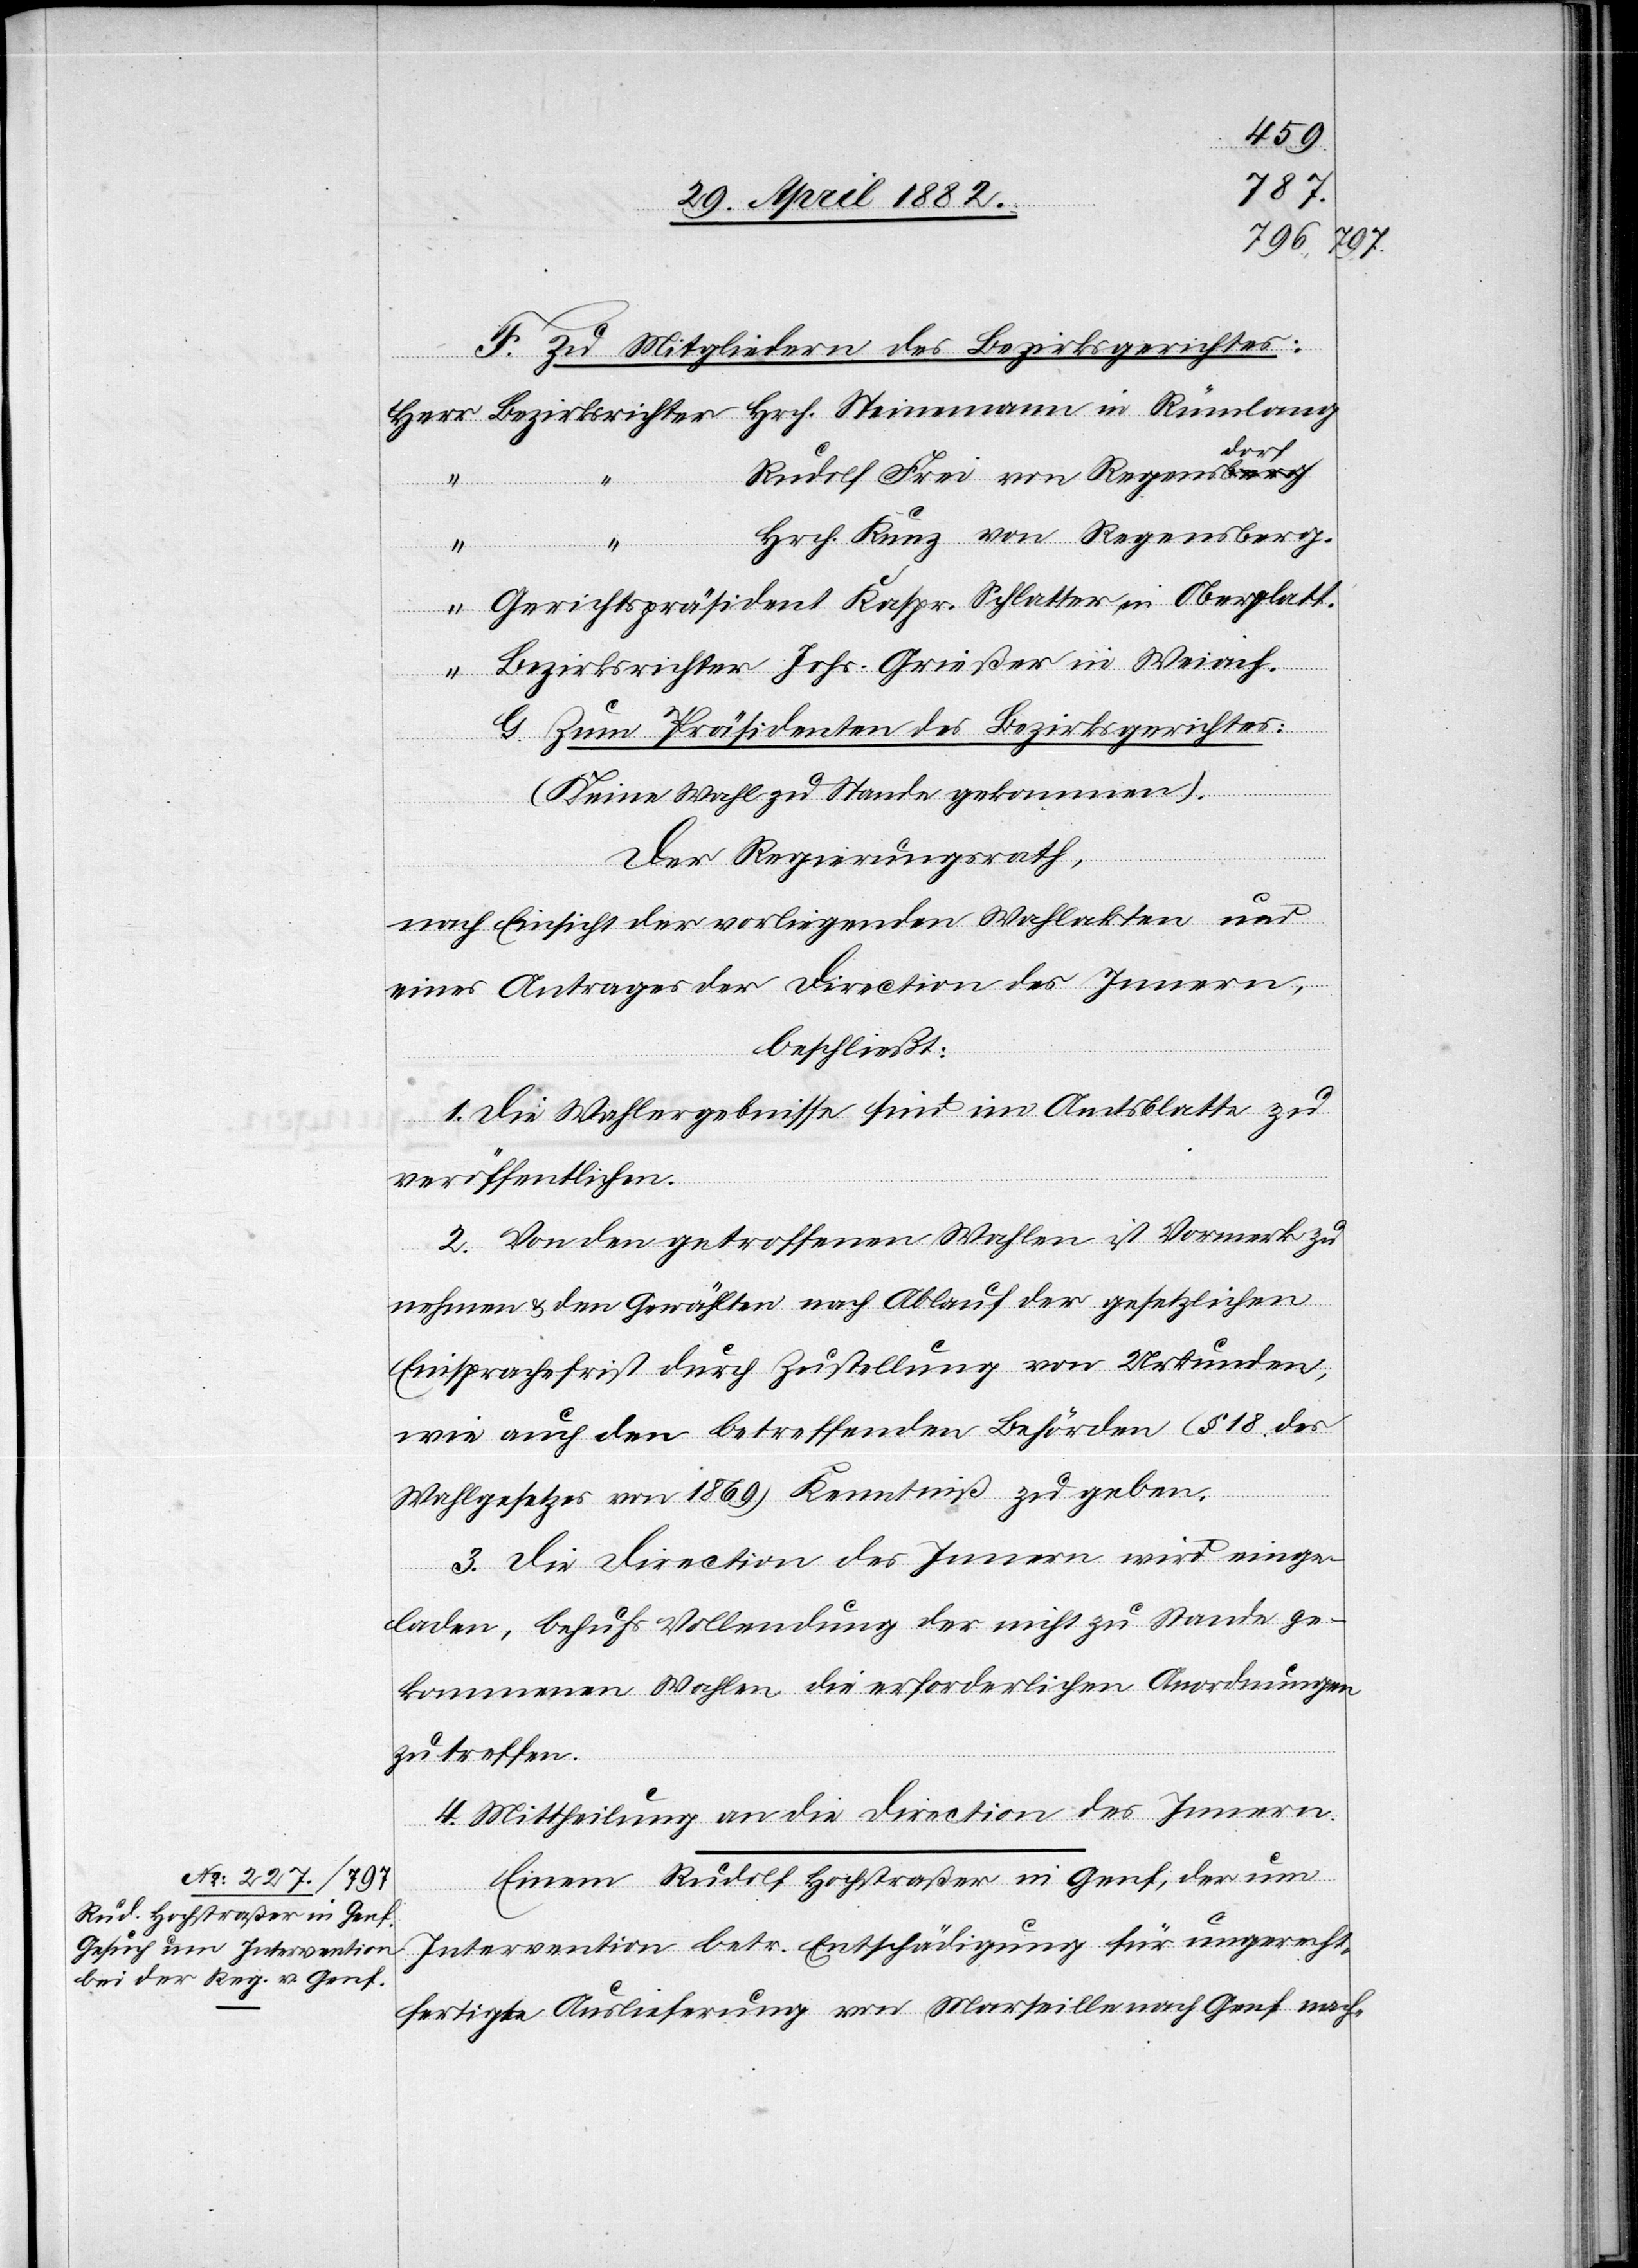
F. Zu Mitgliedern des Bezirksgerichtes:
“
Rudolf Frei von Regensdorf
Hrch. Kunz von Regensberg.
Weiach.
Gerichtspräsident Kaspr. Schlatter in Oberglatt.
G. Zum Präsidenten des Bezirksgerichtes.
(Keine Wahl zu Stande gekommen).
Der Regierungsrath,
nach Einsicht der vorliegenden Wahlakten und
eines Antrages der Direction des Innern,
beschließt:
1. Die Wahlergebnisse sind im Amtsblatte zu
veröffentlichen.
2. Von den getroffenen Wahlen ist Vormerk zu
nehmen & den Gewählten nach Ablauf der gesetzlichen
Einsprachefrist durch Zustellung von Urkunden,
wie auch den betreffenden Behörden (§ 18 des
Wahlgesetzes von 1869) Kenntniß zu geben.
3. Die Direction des Innern wird einge¬
laden, behufs Vollendung der nicht zu Stande ge¬
kommenen Wahlen die erforderlichen Anordnungen
zu treffen.
4. Mittheilung an die Direction des Innern.
Einem Rudolf Hochstraßer in Genf, der um
Intervention betr. Entschädigung für ungerecht¬
fertigte Auslieferung von Marseille nach Genf nach-